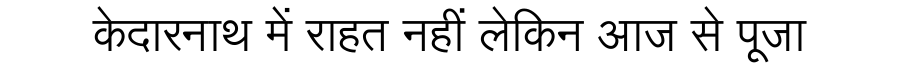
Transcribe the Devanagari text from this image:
केदारनाथ में राहत नहीं लेकिन आज से पूजा